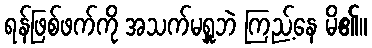
ရန်ဖြစ်ဖက်ကို အသက်မရှူဘဲ ကြည့်နေ မိ၏။